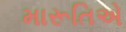
મારૂતિએ